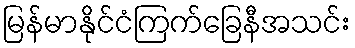
မြန်မာနိုင်ငံကြက်ခြေနီအသင်း